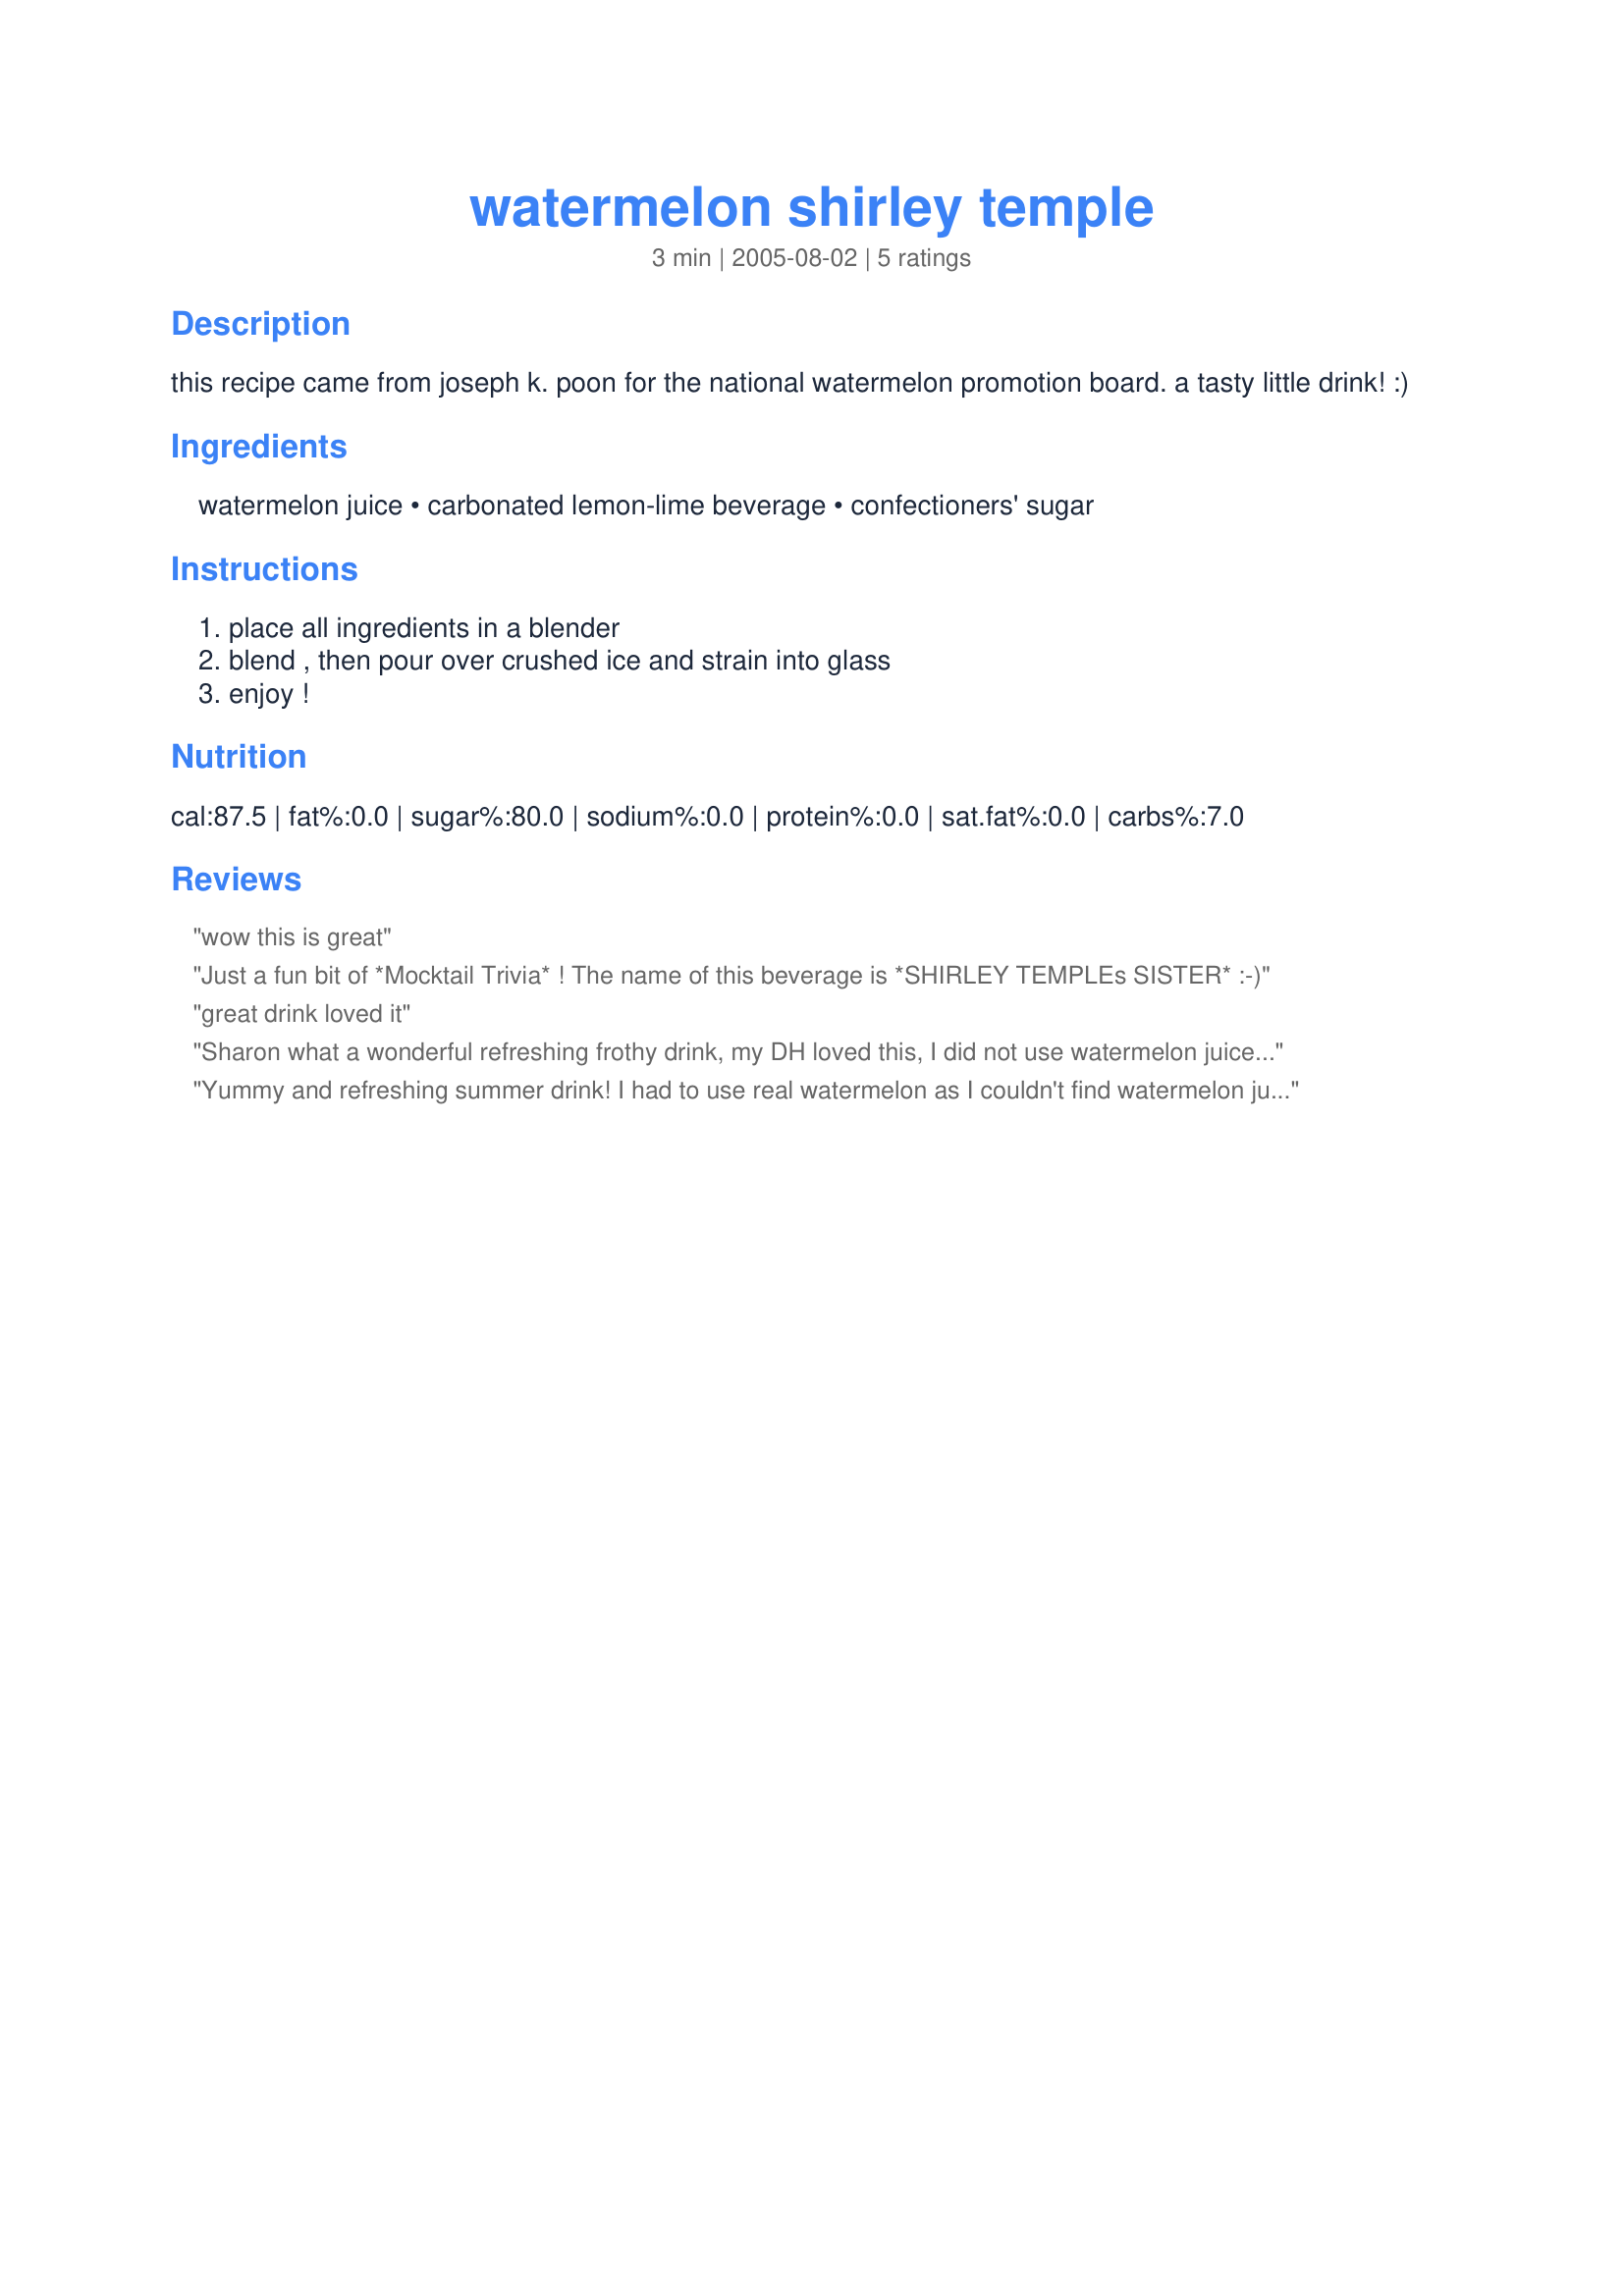
watermelon shirley temple
Preparation time: 3 minutes

this recipe came from joseph k. poon for the national watermelon promotion board. a tasty little drink! :)

Ingredients:
watermelon juice, carbonated lemon-lime beverage, confectioners' sugar

Steps:
place all ingredients in a blender, blend , then pour over crushed ice and strain into glass, enjoy !

Reviews:
wow this is great
Just a fun bit of *Mocktail Trivia* ! The name of this beverage is *SHIRLEY TEMPLEs SISTER* :-)
great drink loved it
Sharon what a wonderful refreshing frothy drink, my DH loved this, I did not use watermelon juice I just used chunks of watermelon, this drink is very filling, so a large glass goes a long way! thanks for posting!...Kitten:)
Yummy and refreshing summer drink! I had to use real watermelon as I couldn't find watermelon juice. The kids were playing in the backyard with the water and this was their treat after playing. They loved it! Thanks, Sharon!
